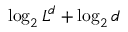
\log _ { 2 } { L ^ { d } } + \log _ { 2 } { d }